Document type: Inventory
Year: 1295
Scribe: Pere Marc
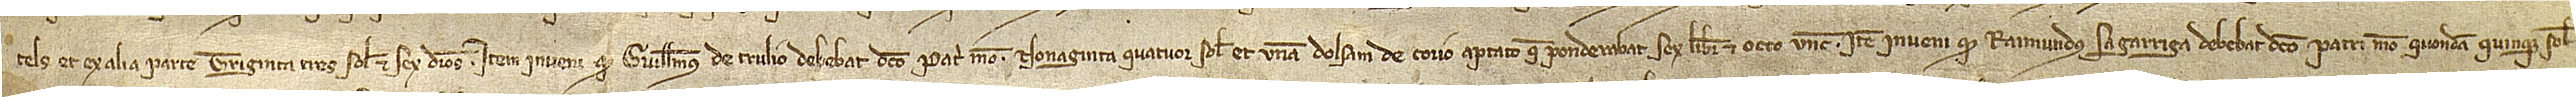
tels et ex alia parte triginta tres solidos et sex denarios. Item, inveni quod Guillelmus de Trulio debebat dicto patri meo nonaginta quatuor solidos et unam dolsam de corio aptato que ponderabat sex libras et octo uncias. Item, inveni quod Raimundus Sagarriga debebat dicto patri meo, quondam, quinque solidos